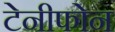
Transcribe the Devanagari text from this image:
टेनीफोन